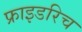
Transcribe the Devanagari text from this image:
फ्राइडरिच